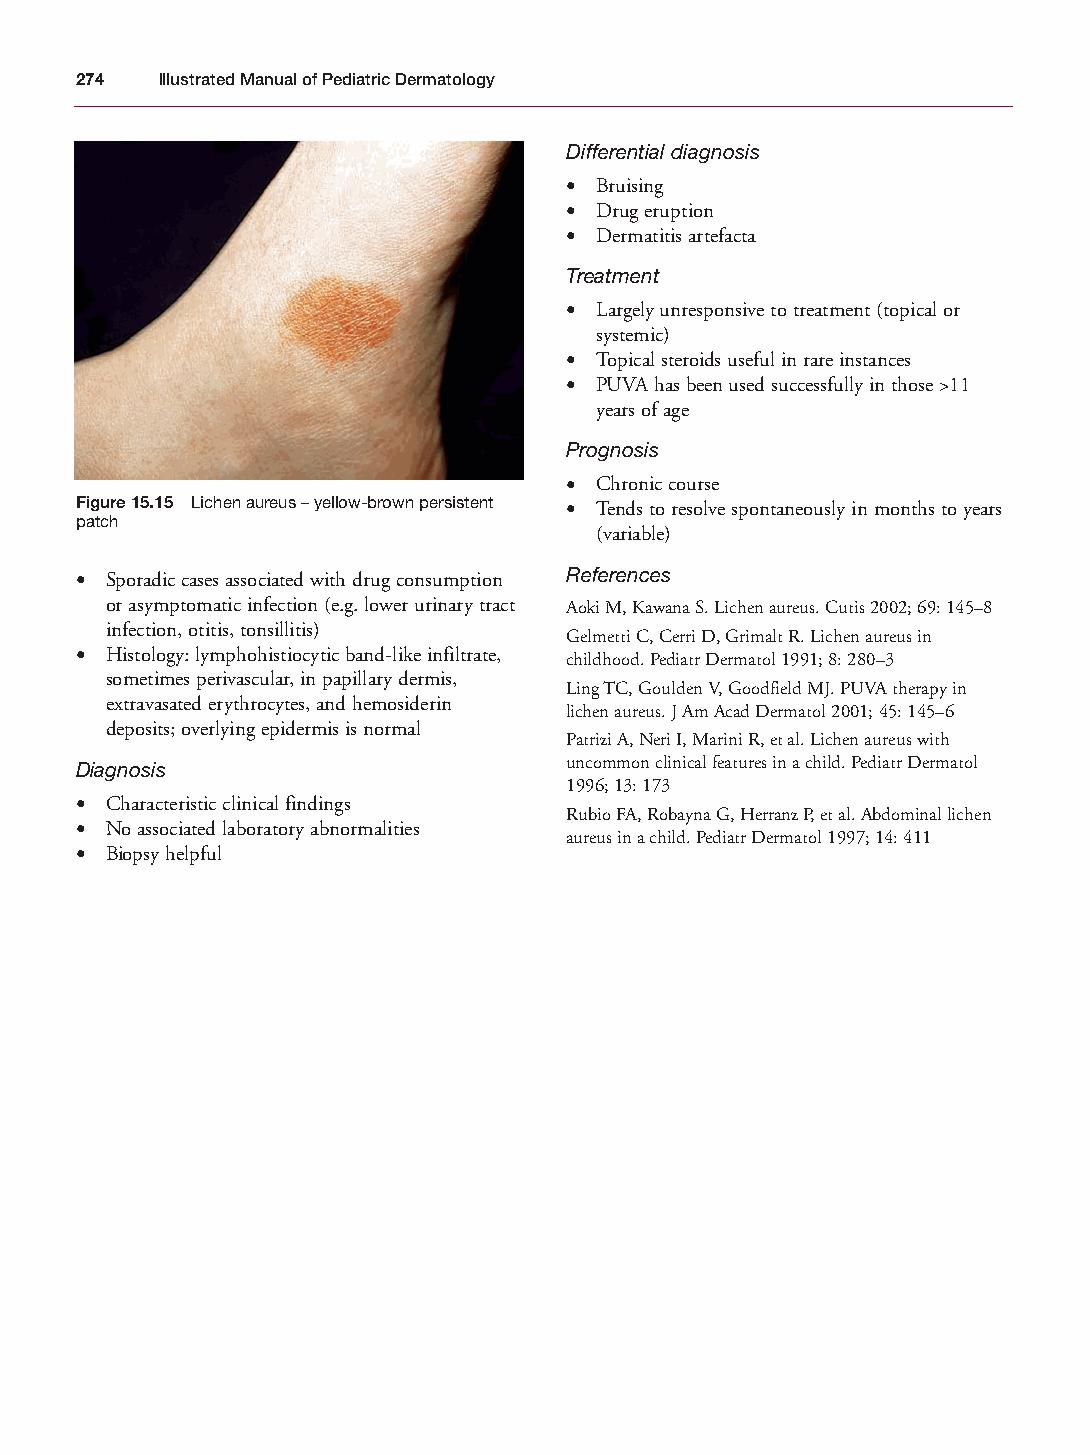
Mallory Chapter 15 27/1/05 2:37 pm Page 274
 274  Illustrated Manual of Pediatric Dermatology
 Differential diagnosis
 • Bruising
 • Drug eruption
 • Dermatitis artefacta
 Treatment
 • Largely unresponsive to treatment (topical or
 systemic)
 • Topical steroids useful in rare instances
 • PUVA has been used successfully in those >11
 years of age
 Prognosis
 • Chronic course
 Figure 15.15 Lichen aureus – yellow-brown persistent • Tends to resolve spontaneously in months to years
 patch
 (variable)
 • Sporadic cases associated with drug consumption References
 or asymptomatic infection (e.g. lower urinary tract Aoki M, Kawana S. Lichen aureus. Cutis 2002; 69: 145–8
 infection, otitis, tonsillitis)
 Gelmetti C, Cerri D, Grimalt R. Lichen aureus in
 • Histology: lymphohistiocytic band-like infiltrate, childhood. Pediatr Dermatol 1991; 8: 280–3
 sometimes perivascular, in papillary dermis,
 Ling TC, Goulden V, Goodfield MJ. PUVA therapy in
 extravasated erythrocytes, and hemosiderin
 lichen aureus. J Am Acad Dermatol 2001; 45: 145–6
 deposits; overlying epidermis is normal
 Patrizi A, Neri I, Marini R, et al. Lichen aureus with
 Diagnosis                       uncommon clinical features in a child. Pediatr Dermatol
 1996; 13: 173
 • Characteristic clinical findings
 Rubio FA, Robayna G, Herranz P, et al. Abdominal lichen
 • No associated laboratory abnormalities
 aureus in a child. Pediatr Dermatol 1997; 14: 411
 • Biopsy helpful